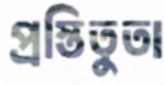
প্রস্তিতুতা